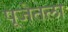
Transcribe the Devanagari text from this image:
पूजेतला